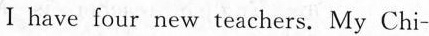
Ⅰhave four new teachers. My Chi—